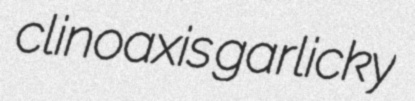
clinoaxis garlicky